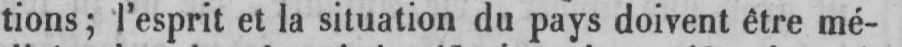
tions; l’esprit et la situation du pays doivent être mé-